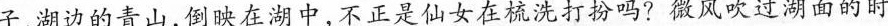
子，湖边的青山，倒映在湖中，不正是仙女在梳洗打扮吗?微风吹过湖面的时